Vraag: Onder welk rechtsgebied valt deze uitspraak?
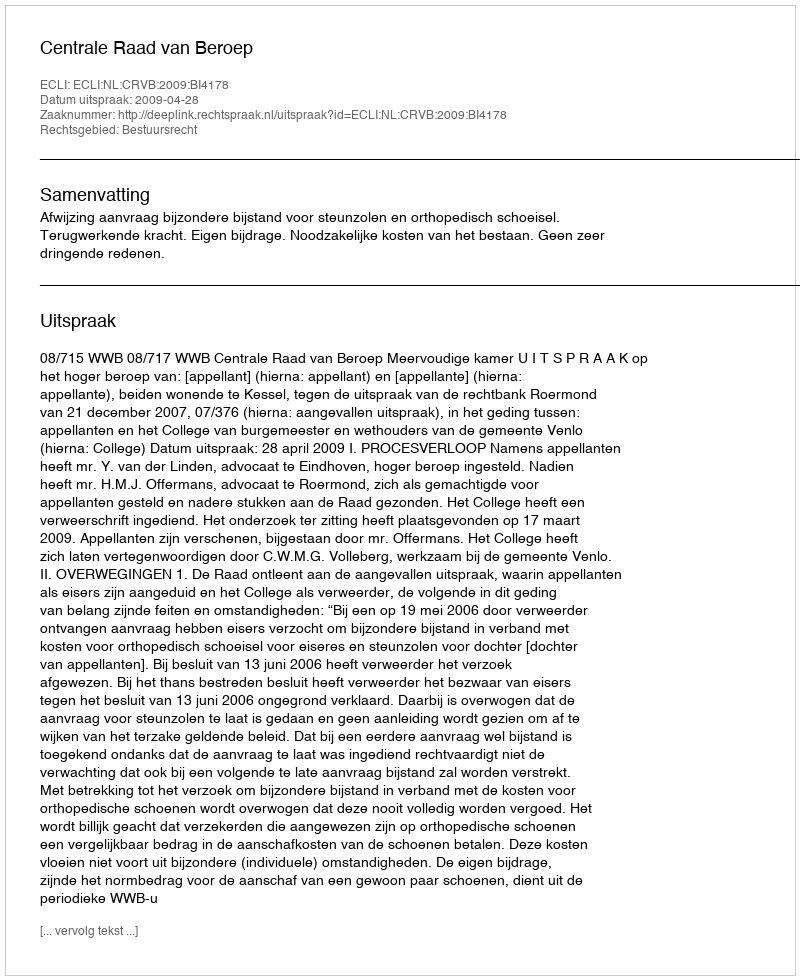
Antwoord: Bestuursrecht